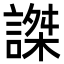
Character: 謋